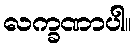
လက္ခဏာပါ။